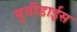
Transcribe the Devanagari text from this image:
युयीडाईस